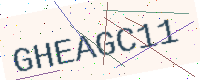
Text: GHEAGC11